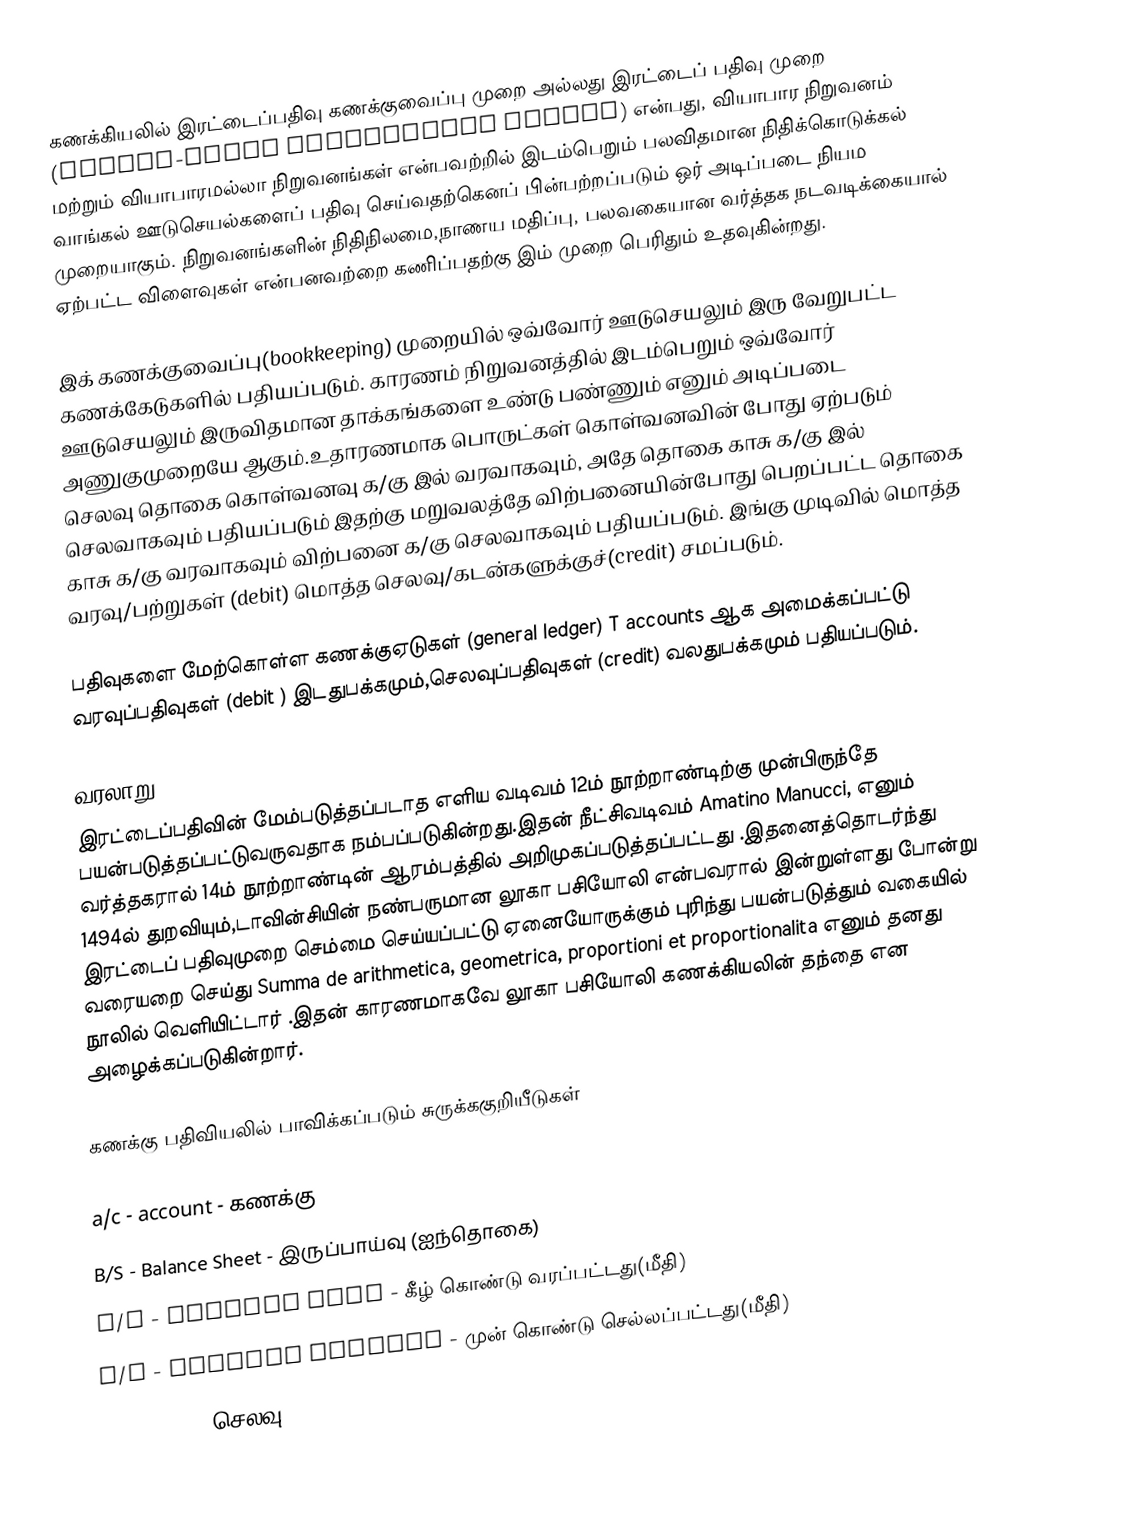
கணக்கியலில் இரட்டைப்பதிவு கணக்குவைப்பு முறை அல்லது இரட்டைப் பதிவு முறை (Double-entry bookkeeping system) என்பது, வியாபார நிறுவனம் மற்றும் வியாபாரமல்லா நிறுவனங்கள் என்பவற்றில் இடம்பெறும் பலவிதமான நிதிக்கொடுக்கல் வாங்கல் ஊடுசெயல்களைப் பதிவு செய்வதற்கெனப் பின்பற்றப்படும் ஒர் அடிப்படை நியம முறையாகும். நிறுவனங்களின் நிதிநிலமை,நாணய மதிப்பு, பலவகையான வர்த்தக நடவடிக்கையால் ஏற்பட்ட விளைவுகள் என்பனவற்றை கணிப்பதற்கு இம் முறை பெரிதும் உதவுகின்றது.

இக் கணக்குவைப்பு(bookkeeping) முறையில் ஒவ்வோர் ஊடுசெயலும் இரு வேறுபட்ட கணக்கேடுகளில் பதியப்படும். காரணம் நிறுவனத்தில் இடம்பெறும் ஒவ்வோர் ஊடுசெயலும் இருவிதமான தாக்கங்களை உண்டு பண்ணும் எனும் அடிப்படை அணுகுமுறையே ஆகும்.உதாரணமாக பொருட்கள் கொள்வனவின் போது ஏற்படும் செலவு தொகை கொள்வனவு க/கு இல் வரவாகவும், அதே தொகை காசு க/கு இல் செலவாகவும் பதியப்படும் இதற்கு மறுவலத்தே விற்பனையின்போது பெறப்பட்ட தொகை காசு க/கு வரவாகவும் விற்பனை க/கு செலவாகவும் பதியப்படும். இங்கு முடிவில் மொத்த வரவு/பற்றுகள் (debit) மொத்த செலவு/கடன்களுக்குச்(credit) சமப்படும்.

பதிவுகளை மேற்கொள்ள கணக்குஏடுகள் (general ledger) T accounts ஆக அமைக்கப்பட்டு வரவுப்பதிவுகள் (debit ) இடதுபக்கமும்,செலவுப்பதிவுகள் (credit) வலதுபக்கமும் பதியப்படும்.

வரலாறு
இரட்டைப்பதிவின் மேம்படுத்தப்படாத எளிய வடிவம் 12ம் நூற்றாண்டிற்கு முன்பிருந்தே பயன்படுத்தப்பட்டுவருவதாக நம்பப்படுகின்றது.இதன் நீட்சிவடிவம் Amatino Manucci, எனும் வர்த்தகரால் 14ம் நூற்றாண்டின் ஆரம்பத்தில் அறிமுகப்படுத்தப்பட்டது .இதனைத்தொடர்ந்து 1494ல் துறவியும்,டாவின்சியின் நண்பருமான லூகா பசியோலி என்பவரால் இன்றுள்ளது போன்று இரட்டைப் பதிவுமுறை செம்மை செய்யப்பட்டு ஏனையோருக்கும் புரிந்து பயன்படுத்தும் வகையில் வரையறை செய்து Summa de arithmetica, geometrica, proportioni et proportionalita எனும் தனது நூலில் வெளியிட்டார்  .இதன் காரணமாகவே லூகா பசியோலி கணக்கியலின் தந்தை என அழைக்கப்படுகின்றார்.

கணக்கு பதிவியலில் பாவிக்கப்படும் சுருக்ககுறியீடுகள்

 a/c - account - கணக்கு
 B/S - Balance Sheet - இருப்பாய்வு  (ஐந்தொகை)
 b/d - brought down - கீழ் கொண்டு வரப்பட்டது(மீதி)
 c/f - carried forward - முன் கொண்டு செல்லப்பட்டது(மீதி)
 Dr - debit - செலவு (